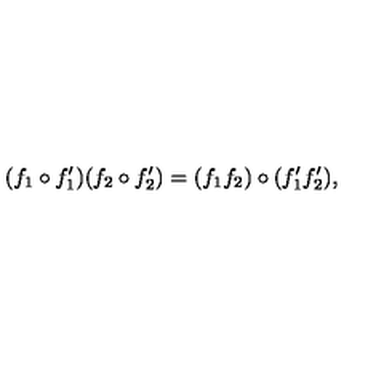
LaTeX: ( f _ { 1 } \circ f _ { 1 } ^ { \prime } ) ( f _ { 2 } \circ f _ { 2 } ^ { \prime } ) = ( f _ { 1 } f _ { 2 } ) \circ ( f _ { 1 } ^ { \prime } f _ { 2 } ^ { \prime } ) ,